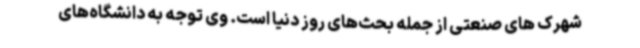
شهرک ‌های صنعتی از جمله بحث‌های روز دنیا است. وی توجه به دانشگاه‌های